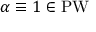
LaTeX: \alpha \equiv 1 \in \operatorname { P W }